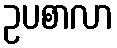
ဥပစာလာ